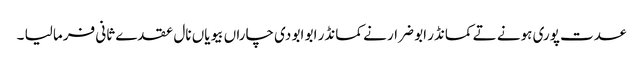
عدت پوری ہونے تے کمانڈر ابو ضرار نے کمانڈر ابو ابو دی چاراں بیویاں نال عقدے ثانی فرما لیا ۔